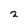
Character: 2